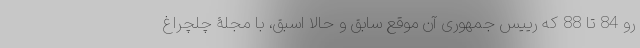
رو 84 تا 88 که رییس جمهوری آن موقع سابق و حالا اسبق، با مجلۀ چلچراغ